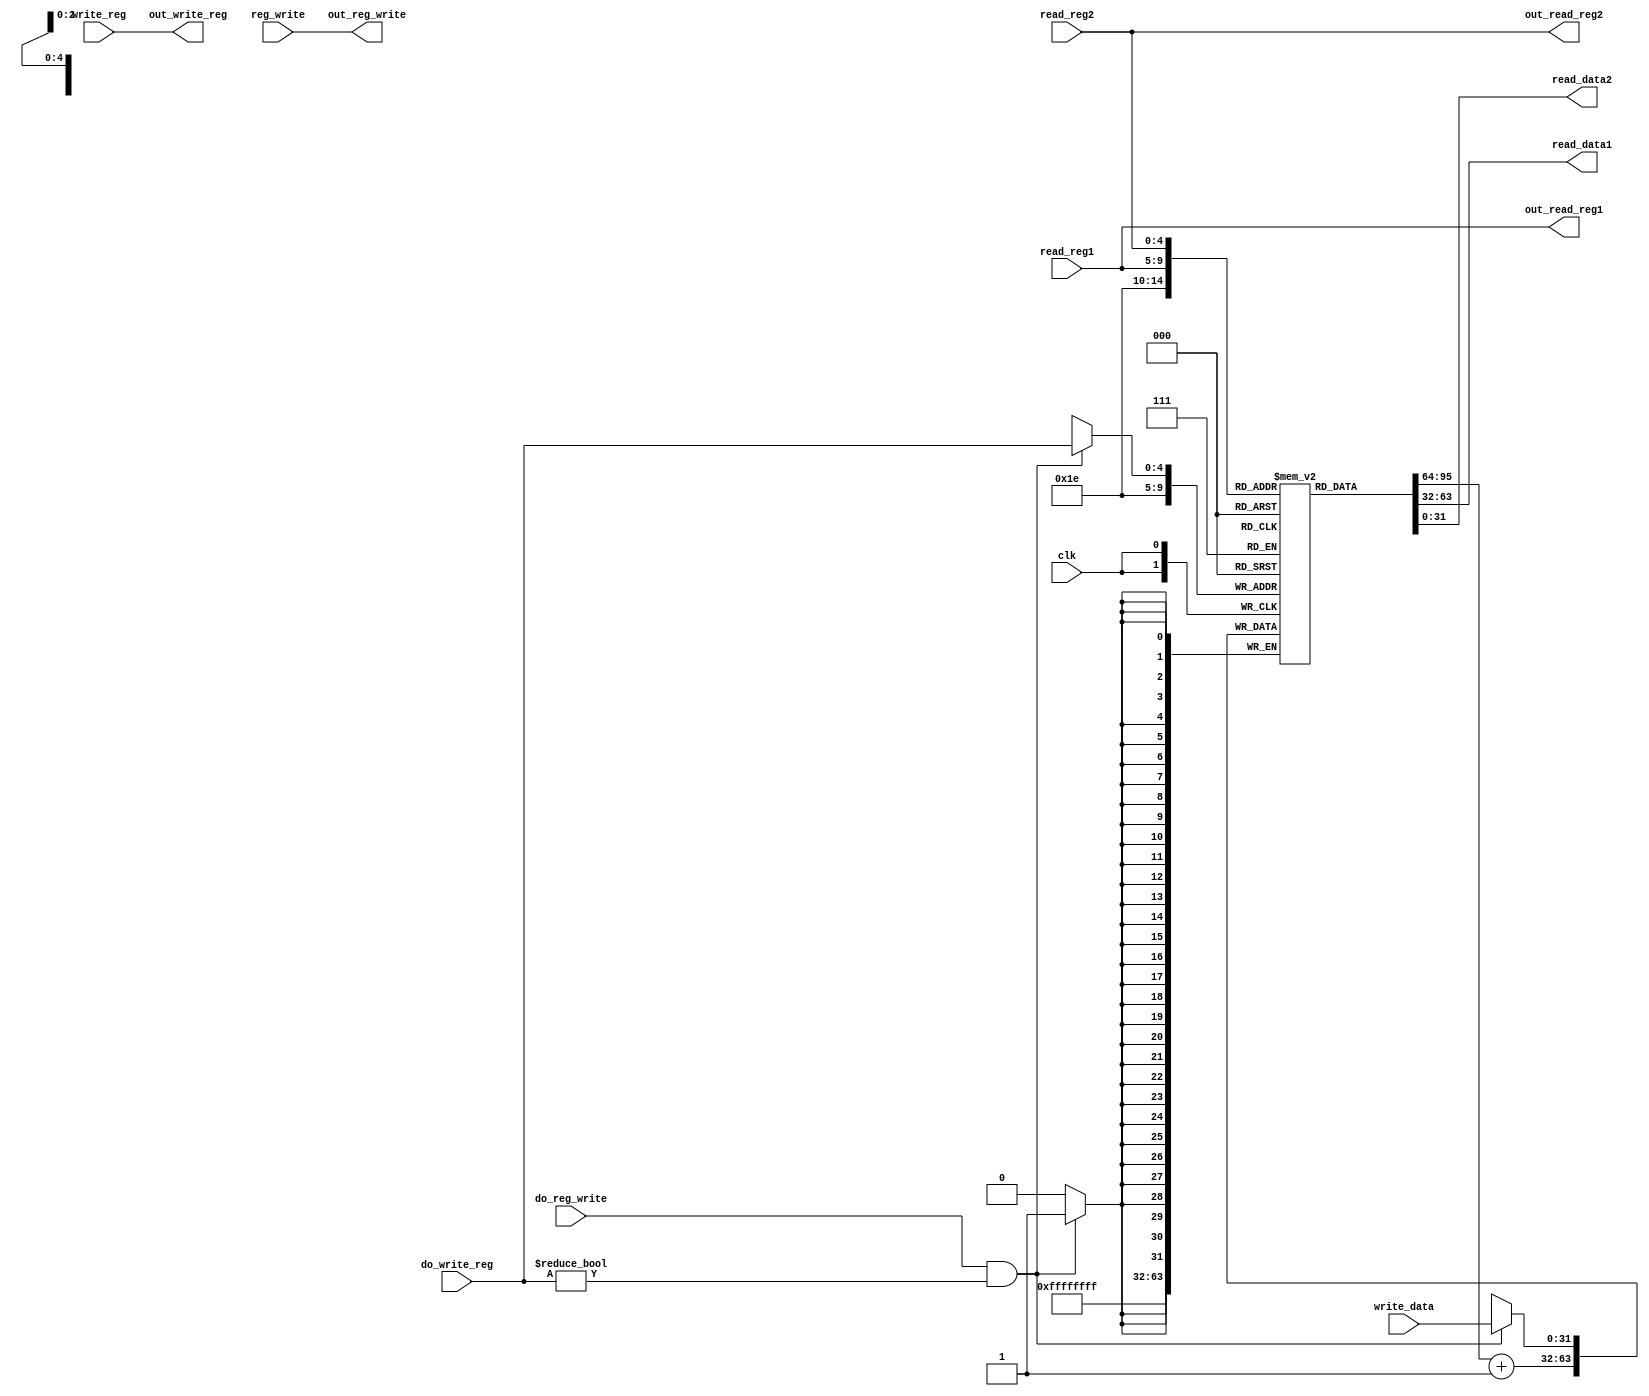
module RegisterFile(clk,
	read_reg1,
	read_reg2,
	write_reg,
	reg_write,
	write_data,
	do_write_reg,
	do_reg_write,
	read_data1,
	read_data2,
	out_read_reg1, 
	out_read_reg2, 
	out_write_reg,
	out_reg_write
	); 
	
	// =========== I/O ============
	input wire [4:0] read_reg1; 
	input wire [4:0] read_reg2; 
	input wire [4:0] write_reg; // write register to forward to pipeline register
	input wire [4:0] do_write_reg; // write register from mem stage (actually write to this one!)
	input wire [31:0] write_data; // the actual data to be written 
	
	// This module is clocked, because it has register states that 
	// we need to synchronize per instruction. The idea is that by the time the next 
	// posedge of the clock tick we have the proper value at 
	input wire clk; 
	input wire reg_write; // reg_write flag to forward to pipeline register 
	input wire do_reg_write; // reg_write flag from mem stage (actually write when this is high!) 
	
	output reg [31:0] read_data1; 
	output reg [31:0] read_data2; 
	
	// Forwarding for bdf wire management
	output wire [4:0] out_read_reg1; 
	output wire [4:0] out_read_reg2; 
	output wire [4:0] out_write_reg; 
	output wire out_reg_write;
	
	assign out_read_reg1 = read_reg1; 
	assign out_read_reg2 = read_reg2; 
	assign out_write_reg = write_reg; 
	assign out_reg_write = reg_write; 
	
	// =========== Internals ============
	reg [31:0] registers [0:31]; // the actual registers (don't actually need a register for x0)
	wire [31:0] next_x30; 
	assign next_x30 = registers[30] + 1;
	
	integer register_index; // index to initialize registers 
	
	// I made the choice to zero out the registers at startup 
	initial begin 
		// zero out all the registers 
		registers[0] <= 32'b0000_0000_0000_0000_0000_0000_0000_0000; 
		registers[1] <= 32'b0000_0000_0000_0000_0000_0000_0000_0000; 
		registers[2] <= 32'b0000_0000_0000_0000_0000_0011_1111_1100; // address (255 * 4) of memory (our last address)
		for (register_index = 3; register_index < 32; register_index = register_index + 1) begin 
			registers[register_index] <= 32'b0000_0000_0000_0000_0000_0000_0000_0000; 
		end 
	
	end 
	
	// write on the positive edge 
	always @(posedge clk) begin 
		// We write on the positive edge and read on the negative edge so that if we 
		// write and read at the same time we will read the correct value (the one) we wrote at
		//
		// If write is enabled and the write register is not x0 then we want to read the write 
		// data into the internal register indexed by write_reg 
		if (do_reg_write & (do_write_reg != 5'b00000)) begin 
			registers[do_write_reg] <= write_data; 
		end 
		
		registers[30] <= next_x30;  
	end
	
	// read at the negative edge of the clock 
	always @* begin 
		read_data1 = registers[read_reg1];
		read_data2 = registers[read_reg2];
	end
	

endmodule